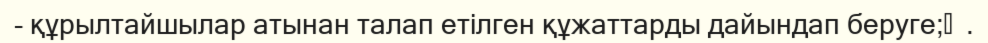
- құрылтайшылар атынан талап етілген құжаттарды дайындап беруге;	  .